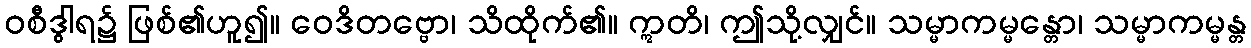
ဝစီဒွါရ၌ ဖြစ်၏ဟူ၍။ ဝေဒိတဗ္ဗော၊ သိထိုက်၏။ ဣတိ၊ ဤသို့လျှင်။ သမ္မာကမ္မန္တော၊ သမ္မာကမ္မန္တ